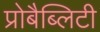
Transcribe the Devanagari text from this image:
प्रोबैब्लिटी